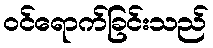
ဝင်ရောက်ခြင်းသည်